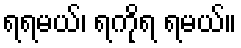
ရရမယ်၊ ရကိုရ ရမယ်။